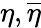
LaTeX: \eta,\overline{{\eta}}